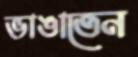
ভাঙাতেন